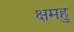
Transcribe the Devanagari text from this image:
क्षमहु